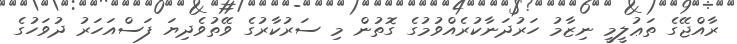
ރާއްޖޭގެ ތަޢުލީމީ ނިޒާމު ހަރުދަނާކުރެއްވުމުގެ ގޮތުން މި ސަރުކާރުގެ ވޭތުވެދިޔަ ފަސްއަހަރު ދުވަހުގެ